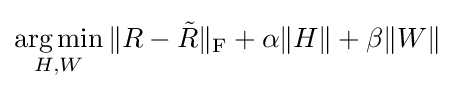
{\underset {H,W}{\operatorname {arg\,min} }}\,\|R-{\tilde {R}}\|_{\rm {F}}+\alpha \|H\|+\beta \|W\|